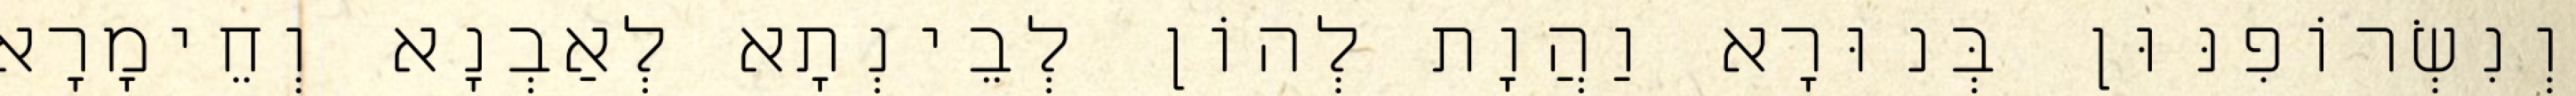
וְנִשְׂרוֹפִנּוּן בְּנוּרָא וַהֲוָת לְהוֹן לְבֵינְתָא לְאַבְנָא וְחֵימָרָא